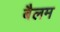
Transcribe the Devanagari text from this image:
बैलम